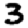
Digit: 3